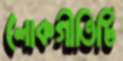
লোকগীতিটি